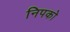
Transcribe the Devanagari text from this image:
निपको